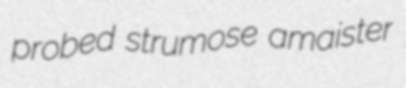
probed strumose amaister